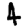
Digit: 4